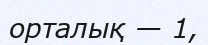
орталық — 1,